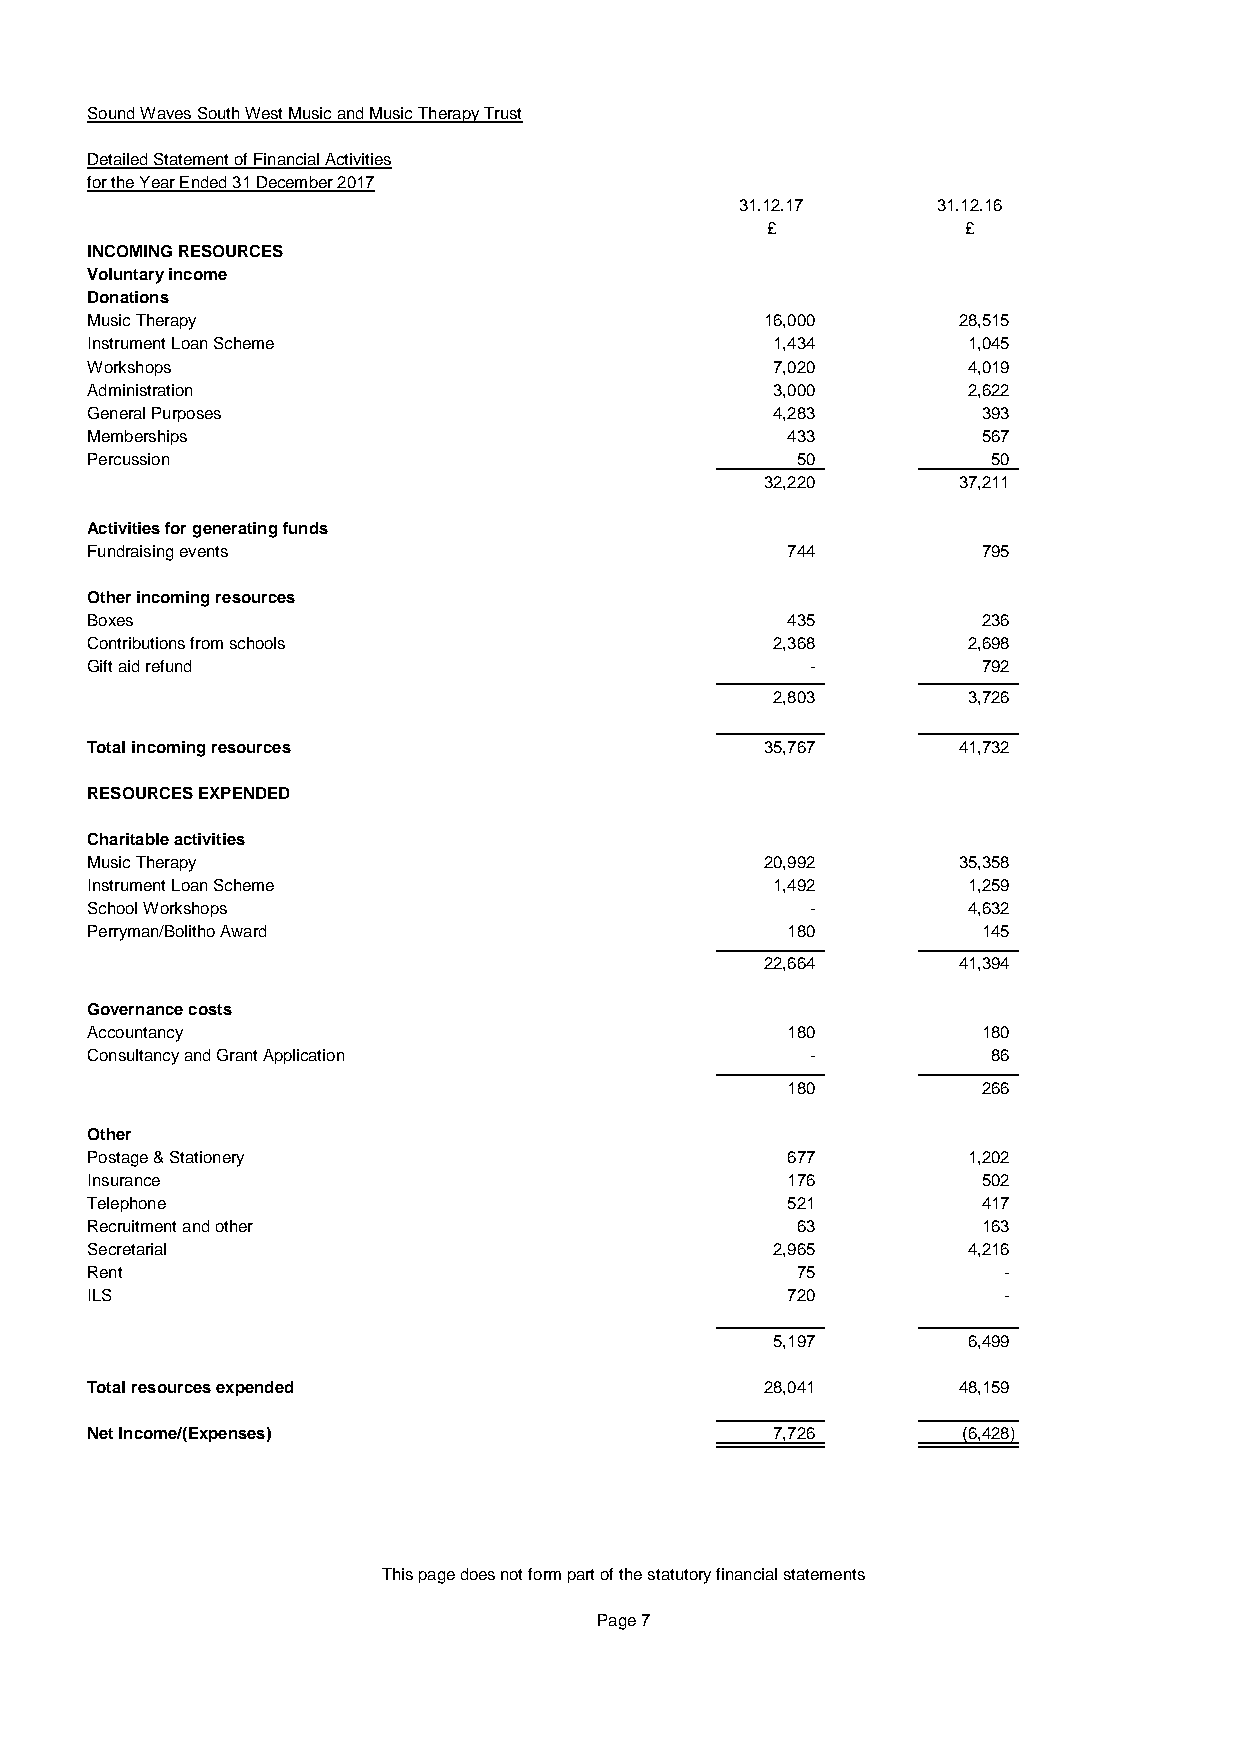
Sound Waves South West Music and Music Therapy Trust
 Detailed Statement of Financial Activities
 for the Year Ended 31 December 2017
 31.12.17     31.12.16
 £            £
 INCOMING RESOURCES
 Voluntary income
 Donations
 Music Therapy                                16,000      28,515
 Instrument Loan Scheme                       1,434        1,045
 Workshops                                    7,020        4,019
 Administration                               3,000        2,622
 General Purposes                             4,283         393
 Memberships                                   433          567
 Percussion                                     5 0          50
 32,220      37,211
 Activities for generating funds
 Fundraising events                            744          795
 Other incoming resources
 Boxes                                         435          236
 Contributions from schools                   2,368        2,698
 Gift aid refund                                 -          792
 2,803        3,726
 Total incoming resources                     35,767      41,732
 RESOURCES EXPENDED
 Charitable activities
 Music Therapy                                20,992      35,358
 Instrument Loan Scheme                       1,492        1,259
 School Workshops                                -         4,632
 Perryman/Bolitho Award                        180          145
 22,664      41,394
 Governance costs
 Accountancy                                   180          180
 Consultancy and Grant Application               -           86
 180          266
 Other
 Postage & Stationery                          677         1,202
 Insurance                                     176          502
 Telephone                                     521          417
 Recruitment and other                          6 3         163
 Secretarial                                  2,965        4,216
 Rent                                           7 5          -
 ILS                                           720           -
 5,197        6,499
 Total resources expended                     28,041      48,159
 Net Income/(Expenses)                        7,726        (6,428)
 This page does not form part of the statutory financial statements
 Page 7